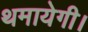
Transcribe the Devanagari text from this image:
थमायेगी।